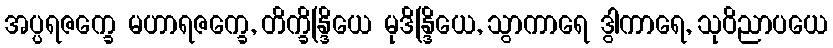
အပ္ပရဇက္ခေ မဟာရဇက္ခေ, တိက္ခိန္ဒြိယေ မုဒိန္ဒြိယေ, သွာကာရေ ဒွါကာရေ, သုဝိညာပယေ